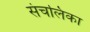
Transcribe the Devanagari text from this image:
संचलिका